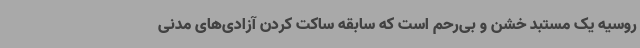
روسیه یک مستبد خشن و بی‌رحم است که سابقه ساکت کردن آزادی‌های مدنی